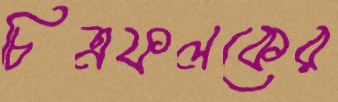
চিত্রফলকের